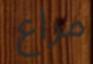
مراع